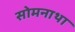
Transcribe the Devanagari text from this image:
सोमनाथा